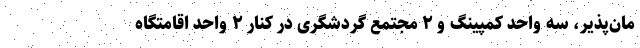
مان‌پذیر، سه واحد کمپینگ و ۲ مجتمع گردشگری در کنار ۲ واحد اقامتگاه